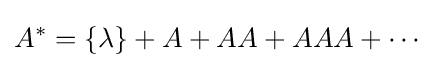
A^{*}=\{\lambda \}+A+AA+AAA+\cdots